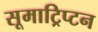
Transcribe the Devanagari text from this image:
सूमाट्रिप्टन